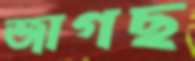
জাগছ